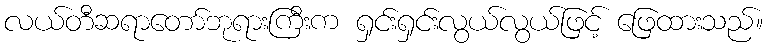
လယ်တီဆရာတော်ဘုရားကြီးက ရှင်းရှင်းလွယ်လွယ်ဖြင့် ဖြေထားသည်။